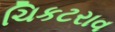
ચિકટરાવ